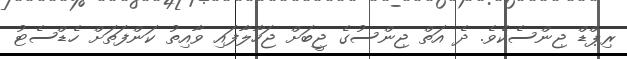
ރިޕްޑް ޖިންސެކެވެ. ދެ އަތް ޖިންސުގެ ޖީބަށް ޖަހާލާފައި ވާއިތު ކަންފަތަށް ހެޑްސެޓު